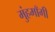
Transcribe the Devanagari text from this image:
मुंहमाँगी